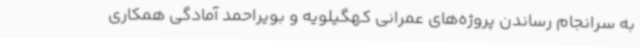
به سرانجام رساندن پروژه‌های عمرانی کهگیلویه و بویراحمد آمادگی همکاری